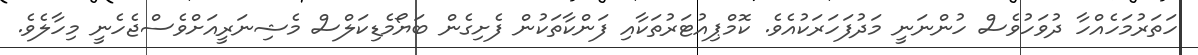
ހަތަރުމަހެއްހާ ދުވަހުވެސް ހުންނަނީ މަދުފަހަރަކުއެވެ. ކޮމްޕިއުޓަރުތަކާއި ފަންކާތަކުން ފެށިގެން ބަޔޯމެޑިކަލްސް މެޝިނަރީއަށްވެސްޖެހެނީ މިހާލެވެ.